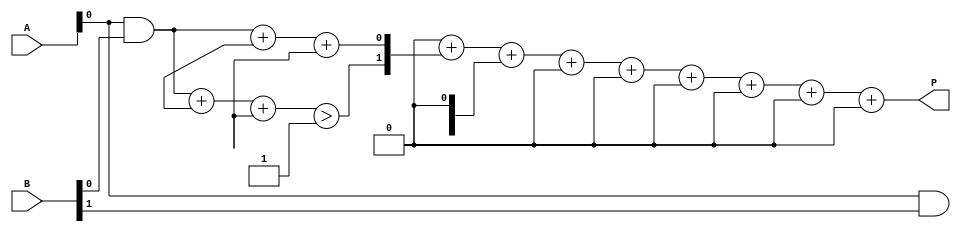
module dadda_multiplier #(parameter A_WIDTH = 4, B_WIDTH = 4)(
    input [A_WIDTH-1:0] A,
    input [B_WIDTH-1:0] B,
    output reg [A_WIDTH + B_WIDTH - 1:0] P
);

    // Partial product generation
    wire [A_WIDTH * B_WIDTH - 1:0] partial_products [0:A_WIDTH-1];
    genvar i, j;
    generate
        for (i = 0; i < A_WIDTH; i = i + 1) begin : pp_gen
            for (j = 0; j < B_WIDTH; j = j + 1) begin : pp_gen_inner
                assign partial_products[i][j + (i * B_WIDTH)] = A[i] & B[j];
            end
        end
    endgenerate

    // Reduction tree
    wire [A_WIDTH + B_WIDTH - 1:0] sum [0:A_WIDTH + B_WIDTH - 1];
    wire [A_WIDTH + B_WIDTH - 1:0] carry [0:A_WIDTH + B_WIDTH - 1];

    // 3:2 Compressor
    function [1:0] compressor_3_2(input [2:0] in);
        begin
            compressor_3_2 = {in[2] + in[1] + in[0] > 1, in[2] + in[1] + in[0]};
        end
    endfunction

    // 2:2 Compressor
    function [1:0] compressor_2_2(input [1:0] in);
        begin
            compressor_2_2 = {in[1], in[0]};
        end
    endfunction

    // Reduction logic
    integer k;
    always @(*) begin
        // Initialize sum and carry
        for (k = 0; k < A_WIDTH + B_WIDTH; k = k + 1) begin
            sum[k] = 0;
            carry[k] = 0;
        end

        // Apply compressors
        // Example for the first few rows, you will need to expand this for all rows
        {carry[0], sum[0]} = compressor_3_2({partial_products[0][0], partial_products[1][0], partial_products[2][0]});
        {carry[1], sum[1]} = compressor_2_2({partial_products[0][1], partial_products[1][1]});
        // Continue for other rows...

        // Final addition
        P = 0; // Initialize product
        for (k = 0; k < A_WIDTH + B_WIDTH; k = k + 1) begin
            P = P + (sum[k] << k); // Shift and add
        end
    end
endmodule